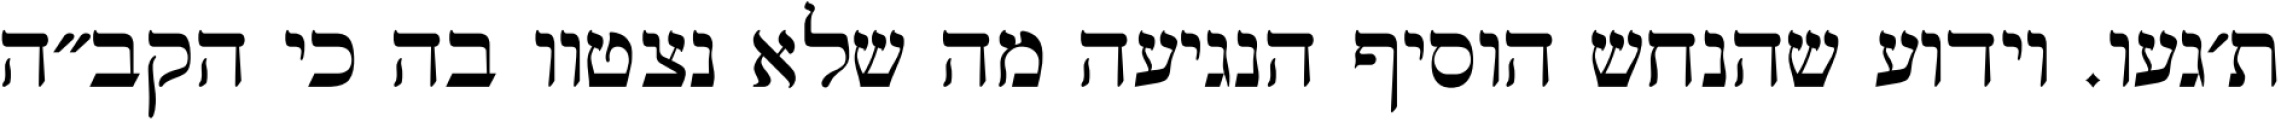
ת׳געו. וידוע שהנחש הוסיף הנגיעה מה שלא נצטוו בה כי הקב״ה